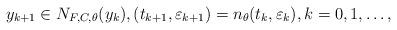
LaTeX: \begin{align*} y_{k+1}\in N_{F,C,\theta}(y_k) , ({t}_{k+1},\varepsilon_{k+1})=n_\theta({t}_k,\varepsilon_k) , k=0,1,\dots, \end{align*}